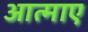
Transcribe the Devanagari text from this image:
आत्माए